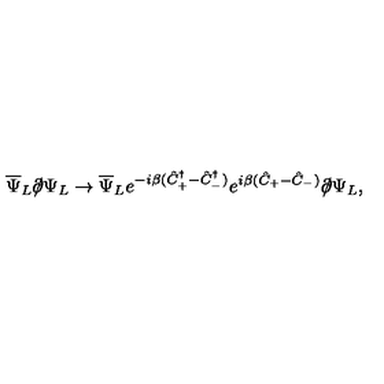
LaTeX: \overline { { \Psi } } _ { L } \partial \! \! \! / \Psi _ { L } \to \overline { { \Psi } } _ { L } e ^ { - i \beta ( \hat { C } _ { + } ^ { \dagger } - \hat { C } _ { - } ^ { \dagger } ) } e ^ { i \beta ( \hat { C } _ { + } - \hat { C } _ { - } ) } \partial \! \! \! / \Psi _ { L } ,